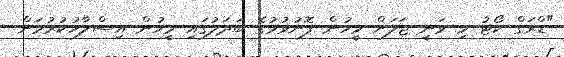
"ޑްރަގް ކޯޓު މި ވަނީ ޖަލަށް މީހުން ފޮނުވުމުގެ ބަދަލުގައި މީހުން އިސްލާހުކުރުމަށް